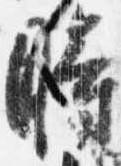
時